Jaan_Tonisson_(Lasteleht), lk 381
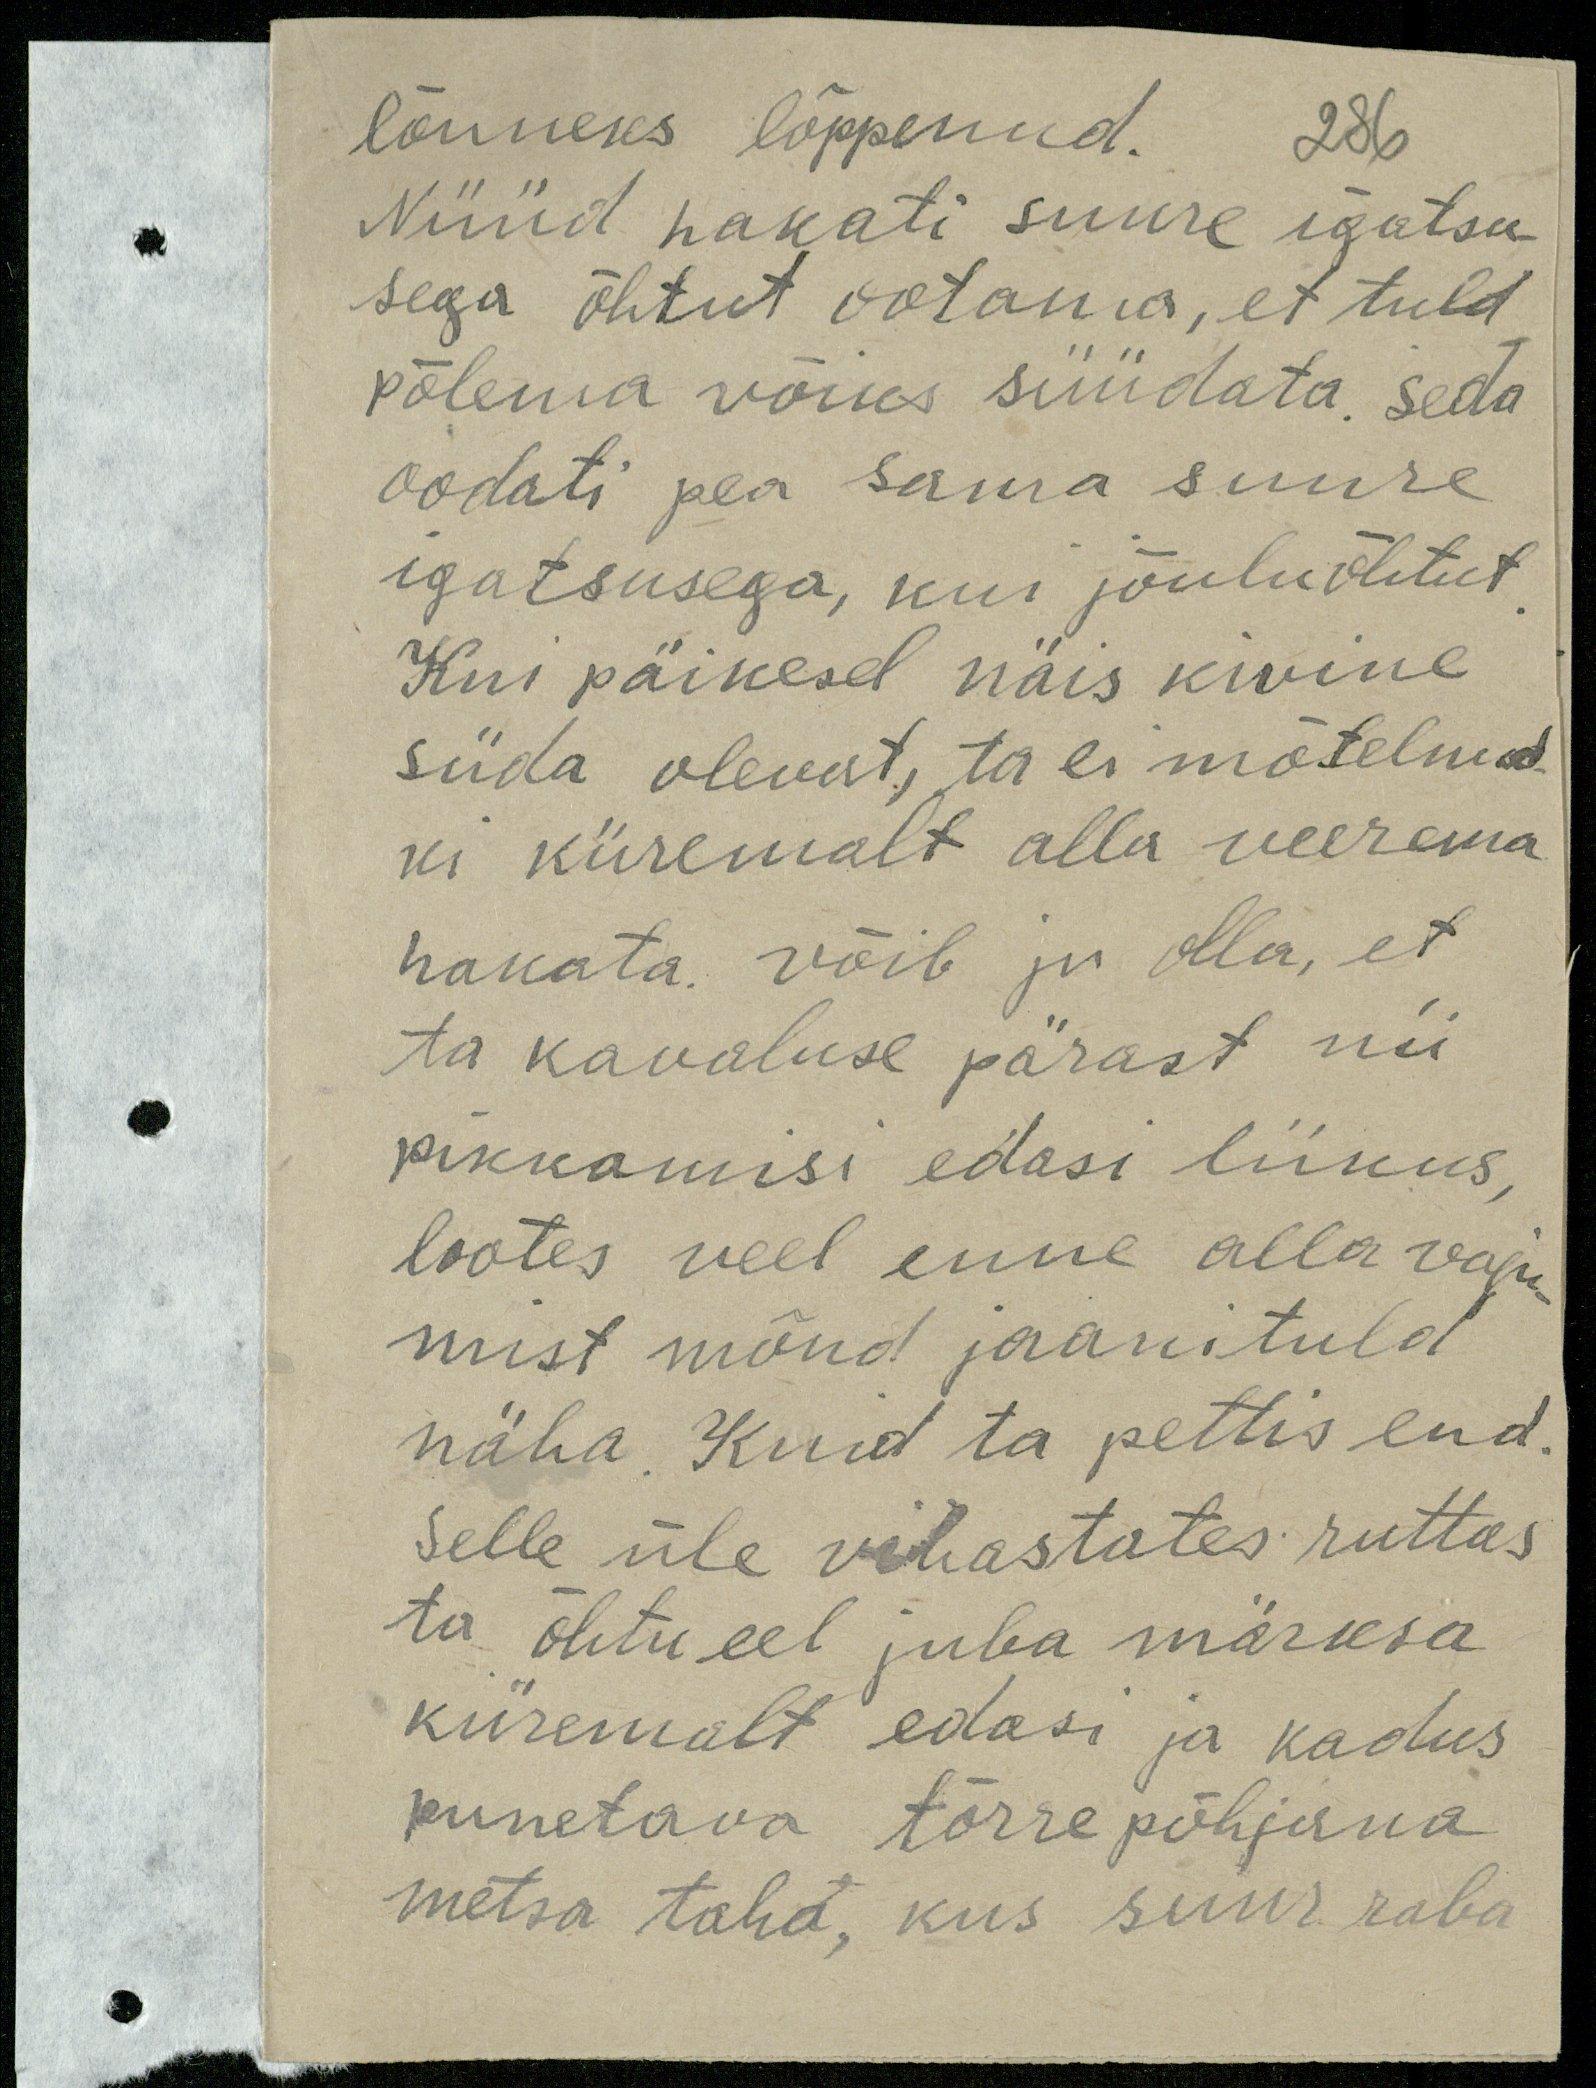
lõuneks lõppenud. 286
Nüüd pakati suure igatsu
sega õhtut ootama, et tuld
põlema võiks süüdata seda
oodati pea sama suure
igatsusega, kui jõuluõhtut
Kui päikesel näis kiwine
süda olevat, ta ei mõtelnud
ki kiiremalt alla veerema
hakata, võib ju olla, et
ta kavaluse pärast nii
pikkamisi edasi liikus,
lootes veel enne alla vaju
mist mõnd jaanituld
näha. Kuid ta pettis end.
Selle üle vihastates ruttas
ta õhtu eel juba märksa
kiiremalt edasi ja kadus
punetava tõrrepõhjana
metsa taha, kus suur raba